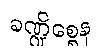
ခဏ္ဍိစ္စေန